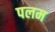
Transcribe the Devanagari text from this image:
पलम